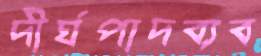
দীর্ঘপাদব্যব